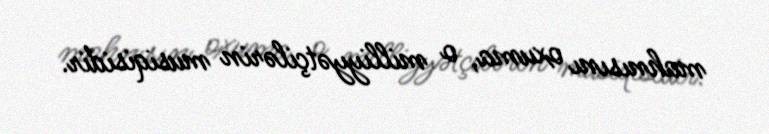
mahnısını oxuma, o milliyyətçilərin musiqisidir.